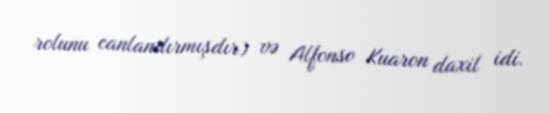
rolunu canlandırmışdır) və Alfonso Kuaron daxil idi.